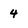
Character: 4